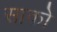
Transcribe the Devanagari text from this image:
साको